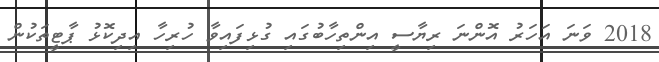
2018 ވަނަ އަހަރު އޮންނަ ރިޔާސީ އިންތިހާބުގައި ގުޅިފައިވާ ހުރިހާ އިދިކޮޅު ޕާޓީތަކުން